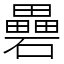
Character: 礨